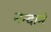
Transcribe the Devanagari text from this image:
नन्दाने